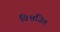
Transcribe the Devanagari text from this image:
विश्वजित्‌